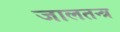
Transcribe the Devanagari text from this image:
जालतन्त्र